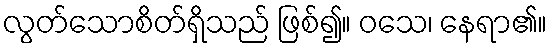
လွတ်သောစိတ်ရှိသည် ဖြစ်၍။ ဝသေ၊ နေရာ၏။